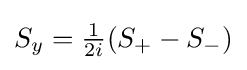
{\textstyle S_{y}={\frac {1}{2i}}(S_{+}-S_{-})}